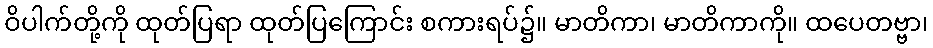
ဝိပါက်တို့ကို ထုတ်ပြရာ ထုတ်ပြကြောင်း စကားရပ်၌။ မာတိကာ၊ မာတိကာကို။ ထပေတဗ္ဗာ၊